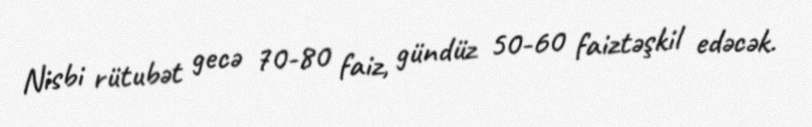
Nisbi rütubət gecə 70-80 faiz, gündüz 50-60 faiztəşkil edəcək.